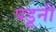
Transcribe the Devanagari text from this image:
पडूनी